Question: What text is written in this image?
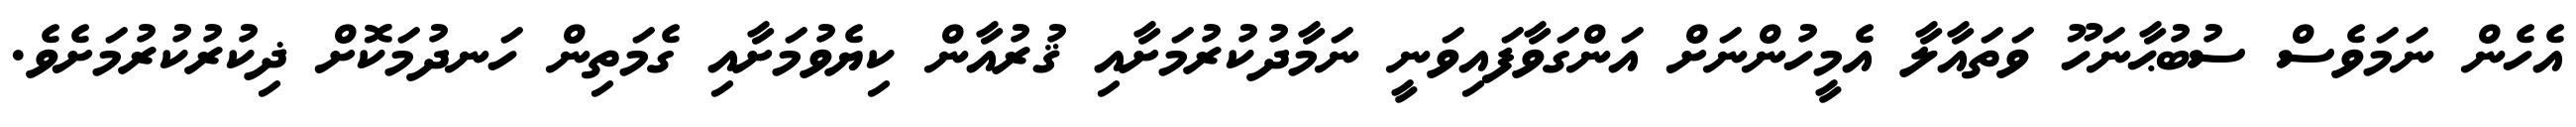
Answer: އެހެން ނަމަވެސް ސުބުޙާނަހޫ ވަތައާލާ އެމީހުންނަށް އަންގަވާފައިވަނީ ނަމާދުކުރުމަށާއި ޤުރުއާން ކިޔެވުމަށާއި ގެމަތިން ހަނދުމަކޮށް ޛިކުރުކުރުމަށެވެ.